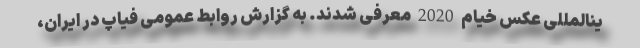
ینالمللی عکس خیام 2020 معرفی شدند. به گزارش روابط عمومی فیاپ در ایران،